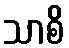
သာစိ